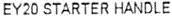
EY20 STARTER HANDLE